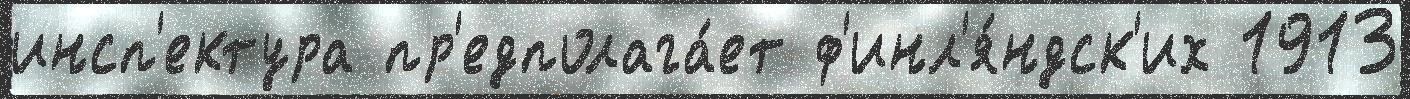
инсп'ектура пр'едполага́ет ф'инл'я́ндск'их 1913